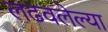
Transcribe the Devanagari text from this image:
लढवलेल्या